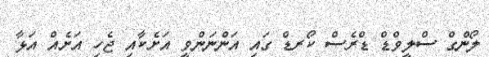
ލޯންގް ސްލީވްޑް ޑްރެސް ކޯރޑް ގައި އަންނަންވީ އަށެކާއި ޖެހި އަށެއް އަޅާ